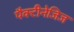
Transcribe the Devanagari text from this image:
पैक्टीनेजिज